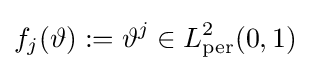
f_{j}(\vartheta ):=\vartheta ^{j}\in L_{\operatorname {per} }^{2}(0,1)